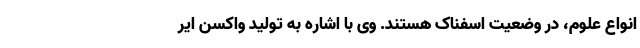
انواع علوم، در وضعیت اسفناک هستند. وی با اشاره به تولید واکسن ایر